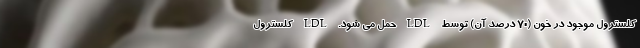
کلسترول موجود در خون (70 درصد آن) توسط LDL حمل می شود. LDL کلسترول